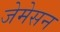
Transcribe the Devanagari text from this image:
जेमेसन